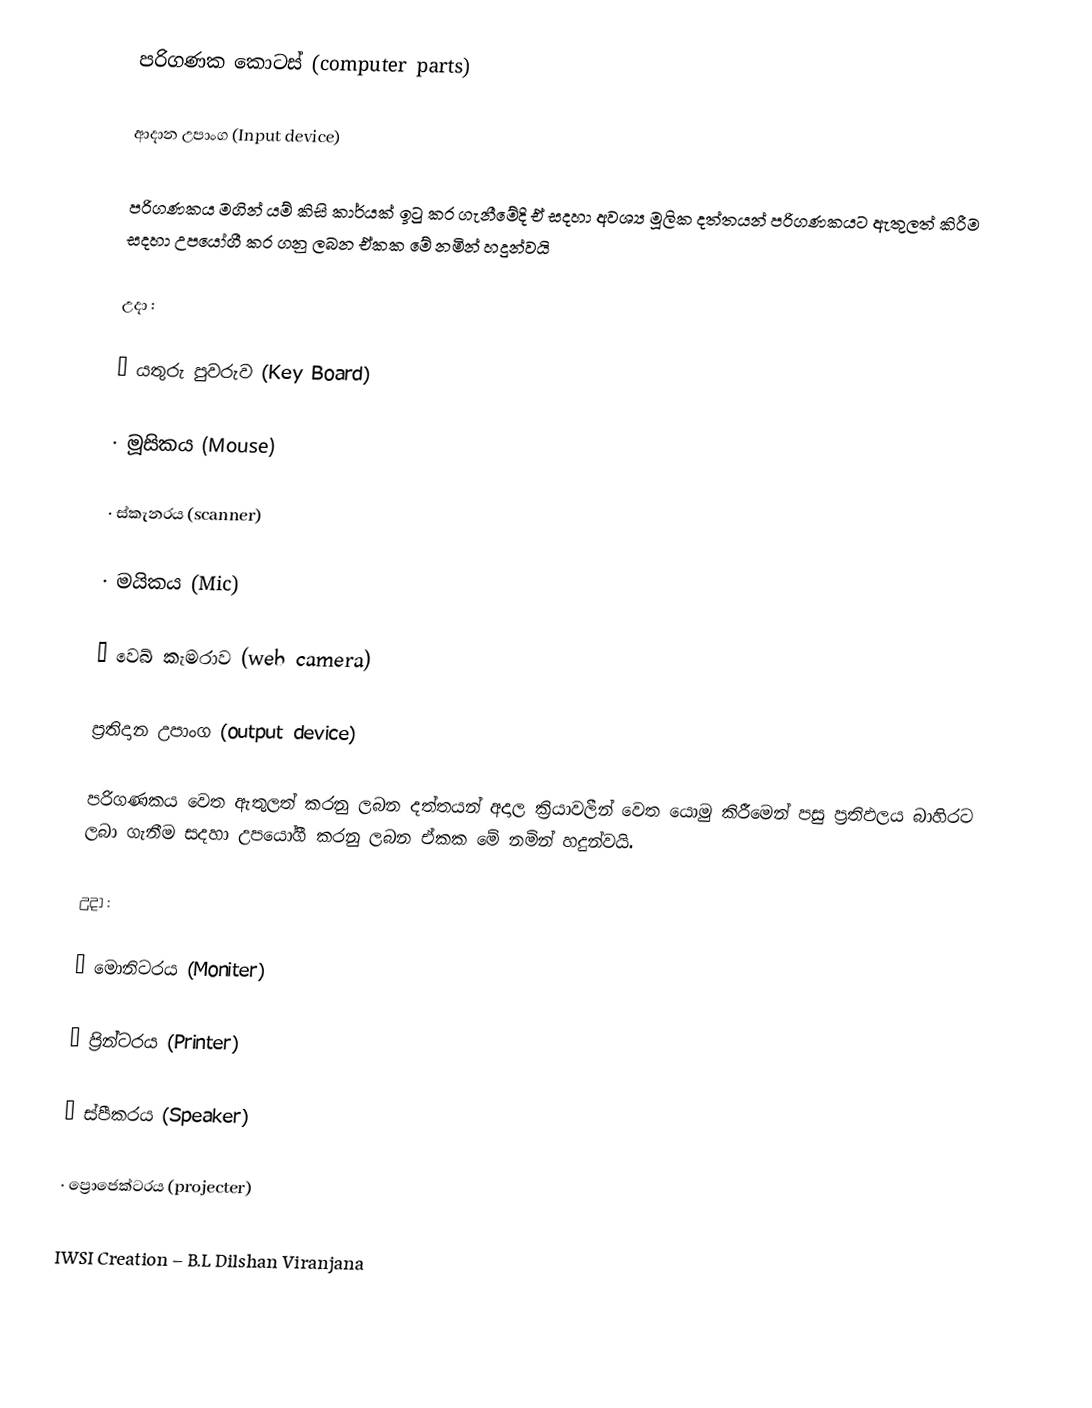
පරිගණක කොටස් (computer parts)

ආදාන උපාංග (Input device)

     පරිගණකය මගින් යම් කිසි කාර්යක් ඉටු කර ගැනීමේදි ඒ සදහා අවශ්‍ය මූලික දත්තයන් පරිගණකයට ඇතුලත් කිරීම සදහා උපයෝගී කර ගනු ලබන ඒකක මේ නමින් හදුන්වයි

උදා : 

·      යතුරු පුවරුව (Key Board)

·      මූසිකය    (Mouse)

·      ස්කැනරය (scanner)

·      මයිකය  (Mic)

·      වෙබ් කැමරාව (web camera)

ප්‍රතිදාන උපාංග (output device)

        පරිගණකය වෙත ඇතුලත් කරනු ලබන දත්තයන් අදාල ක්‍රියාවලීන් වෙත යොමු කිරීමෙන් පසු ප්‍රතිඵලය බාහිරට ලබා ගැනීම සදහා උපයෝගී කරනු ලබන ඒකක මේ නමින් හදුන්වයි.

උදා :

·      මොනිටරය (Moniter)

·      ප්‍රින්ටරය (Printer)

·      ස්පීකරය (Speaker)

·      ප්‍රොජෙක්ටරය (projecter)

                                   IWSI Creation – B.L Dilshan Viranjana